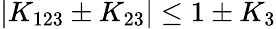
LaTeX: |K_{123}\pm K_{23}|\le 1\pm K_{3}